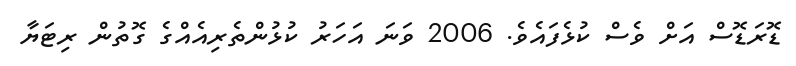
ޑޮރަޑޮސް އަށް ވެސް ކުޅެފައެވެ. 2006 ވަނަ އަހަރު ކުޅުންތެރިއެއްގެ ގޮތުން ރިޓަޔާ